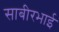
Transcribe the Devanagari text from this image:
साबीरभाई